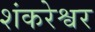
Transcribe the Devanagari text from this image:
शंकरेश्वर